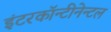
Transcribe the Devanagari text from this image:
इंटरकॉन्टीनेन्टल